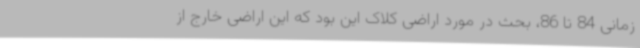
زمانی 84 تا 86، بحث در مورد اراضی کلاک این بود که این اراضی خارج از